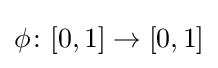
\phi \colon [0,1]\rightarrow [0,1]